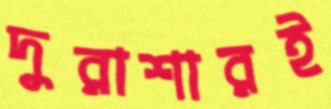
দুরাশারই